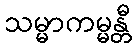
သမ္မာကမ္မန္တီ